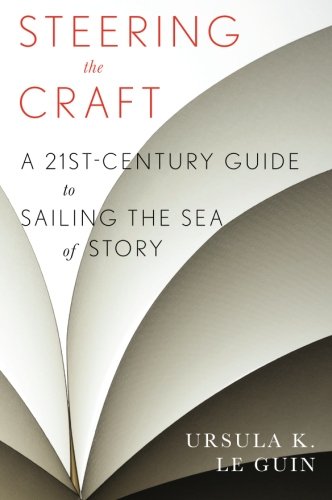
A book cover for Steering the Craft: A Twenty-First-Century Guide to Sailing the Sea of Story; Ursula  K. Le Guin; Reference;